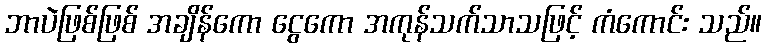
ဘာပဲဖြစ်ဖြစ် အချိန်ကော ငွေကော အကုန်သက်သာသဖြင့် ကံကောင်း သည်။